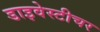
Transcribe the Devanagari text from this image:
डाइवेस्टीचर